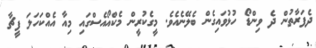
ދެފަރާތުން ދެ ވިންޑޯ ހުޅުވައިގެން ބެލޭނެއެވެ. މީގެކުރީން މެކްއޯއެސްގައި މިއާ އެއްކަހަލަ ފީޗާ